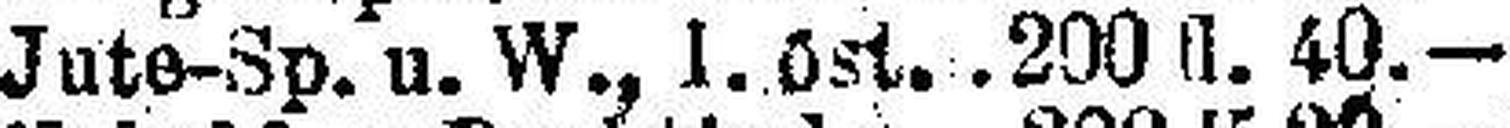
Jute-Sp. u. W., 1. öst. .200 fl. 40.—